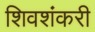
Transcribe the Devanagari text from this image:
शिवशंकरी